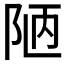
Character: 陋